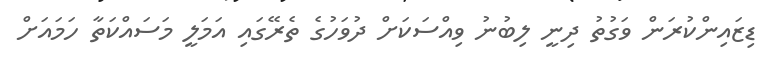
ޑިޒައިންކުރަން ވަގުތު ދިނީ ލިބުނު ވިއްސަކަށް ދުވަހުގެ ތެރޭގައި އަމަލީ މަސައްކަތާ ހަމައަށް